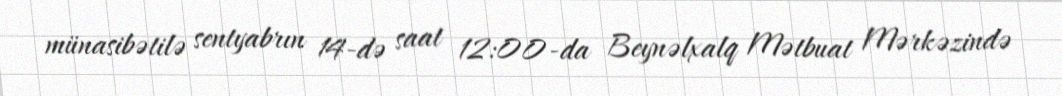
münasibətilə sentyabrın 14-də saat 12:00-da Beynəlxalq Mətbuat Mərkəzində